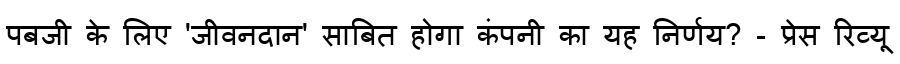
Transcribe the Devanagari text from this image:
पबजी के लिए 'जीवनदान' साबित होगा कंपनी का यह निर्णय? - प्रेस रिव्यू